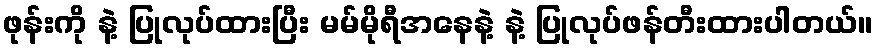
ဖုန်းကို နဲ့ ပြုလုပ်ထားပြီး မမ်မိုရီအနေနဲ့ နဲ့ ပြုလုပ်ဖန်တီးထားပါတယ်။